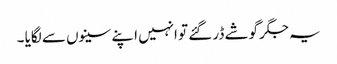
یہ جگر گوشے ڈر گئے تو انہیں اپنے سینوں سے لگایا ۔